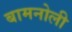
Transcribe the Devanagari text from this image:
बामनोली